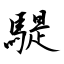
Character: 騠